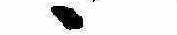
ゝ